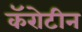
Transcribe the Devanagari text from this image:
कॅरोटीन